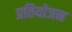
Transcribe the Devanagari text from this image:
प्रतियोजन